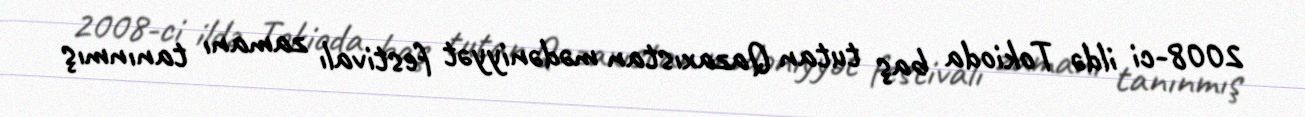
2008-ci ildə Tokioda baş tutan Qazaxıstan mədəniyyət festivalı zamanı tanınmış